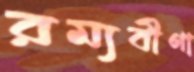
রম্যবীণা